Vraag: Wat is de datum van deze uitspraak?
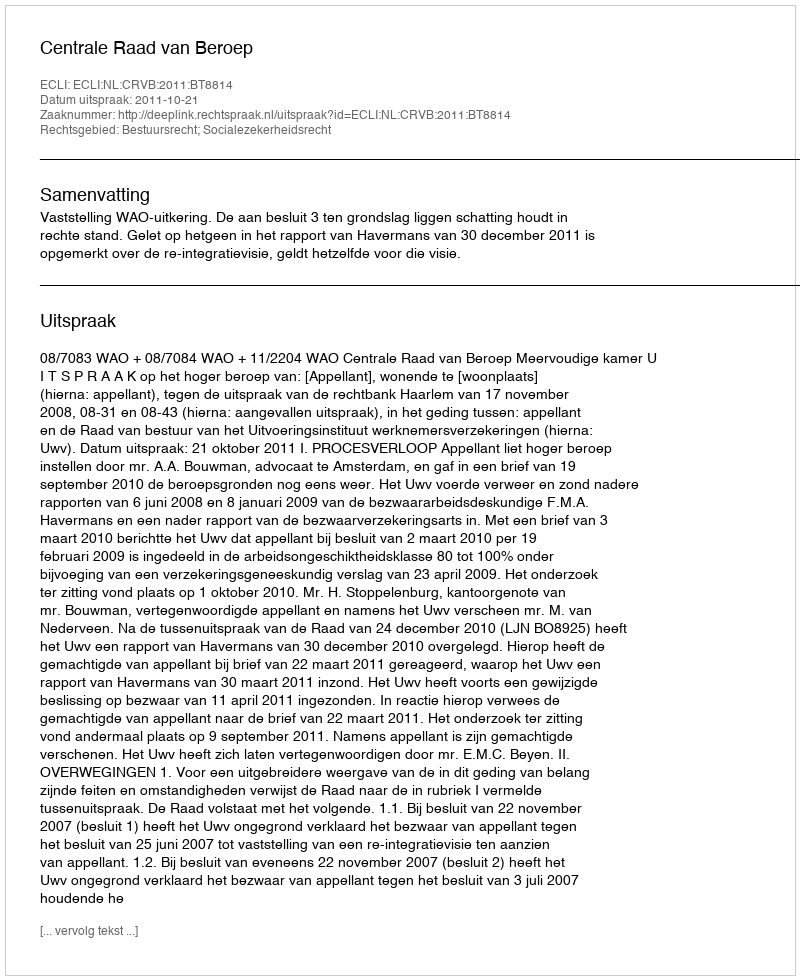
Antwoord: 2011-10-21